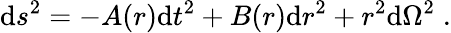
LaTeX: \mathrm{d}s^{2}=-A(r)\mathrm{d}t^{2}+B(r)\mathrm{d}r^{2}+r^{2}\mathrm{d}\Omega^{2}\; .